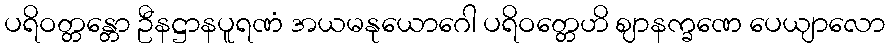
ပရိဝတ္တန္တော ဦနဋ္ဌာနပူရဏံ အယမနုယောဂေါ ပရိဝတ္တေဟိ ဈာနက္ခဏေ ပေယျာလော